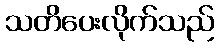
သတိပေးလိုက်သည်